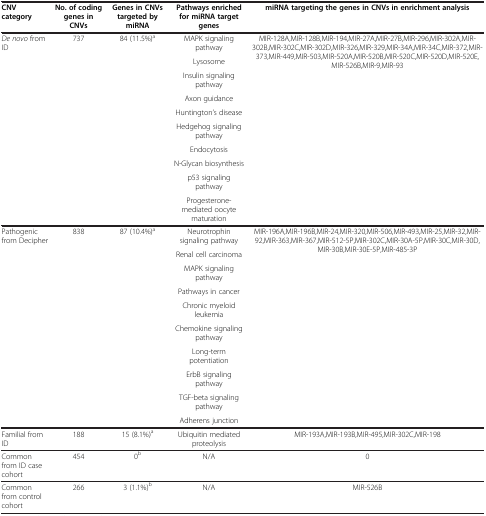
| CNV category | No. of coding genes in CNVs | Genes in CNVs targeted by miRNA | Pathways enriched for miRNA target genes | miRNA targeting the genes in CNVs in enrichment analysis |
 | --- | --- | --- | --- | --- |
 | <ROWSPAN=10> De novo from ID | <ROWSPAN=10> 737 | <ROWSPAN=10> 84 (11.5%)a | MAPK signaling pathway | <ROWSPAN=10> MIR-128A,MIR-128B,MIR-194,MIR-27A,MIR-27B,MIR-296,MIR-302A,MIR-302B,MIR-302C,MIR-302D,MIR-326,MIR-329,MIR-34A,MIR-34C,MIR-372,MIR-373,MIR-449,MIR-503,MIR-520A,MIR-520B,MIR-520C,MIR-520D,MIR-520E,MIR-526B,MIR-9,MIR-93 |
 | Lysosome |
 | Insulin signaling pathway |
 | Axon guidance |
 | Huntington’s disease |
 | Hedgehog signaling pathway |
 | Endocytosis |
 | N-Glycan biosynthesis |
 | p53 signaling pathway |
 | Progesterone-mediated oocyte maturation |
 | <ROWSPAN=10> Pathogenic from Decipher | <ROWSPAN=10> 838 | <ROWSPAN=10> 87 (10.4%)a | Neurotrophin signaling pathway | <ROWSPAN=10> MIR-196A,MIR-196B,MIR-24,MIR-320,MIR-506,MIR-493,MIR-25,MIR-32,MIR-92,MIR-363,MIR-367,MIR-512-5P,MIR-302C,MIR-30A-5P,MIR-30C,MIR-30D,MIR-30B,MIR-30E-5P,MIR-485-3P |
 | Renal cell carcinoma |
 | MAPK signaling pathway |
 | Pathways in cancer |
 | Chronic myeloid leukemia |
 | Chemokine signaling pathway |
 | Long-term potentiation |
 | ErbB signaling pathway |
 | TGF-beta signaling pathway |
 | Adherens junction |
 | Familial from ID | 188 | 15 (8.1%)a | Ubiquitin mediated proteolysis | MIR-193A,MIR-193B,MIR-495,MIR-302C,MIR-198 |
 | Common from ID case cohort | 454 | 0b | N/A | 0 |
 | Common from control cohort | 266 | 3 (1.1%)b | N/A | MIR-526B |